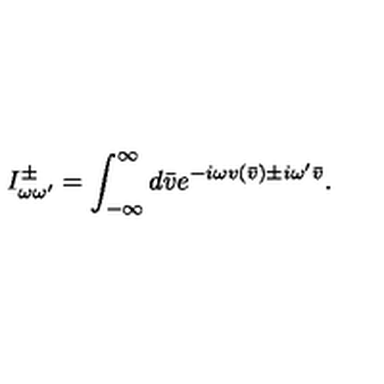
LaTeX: I _ { \omega \omega ^ { \prime } } ^ { \pm } = \int _ { - \infty } ^ { \infty } d \bar { v } e ^ { - i \omega v ( \bar { v } ) \pm i \omega ^ { \prime } \bar { v } } .